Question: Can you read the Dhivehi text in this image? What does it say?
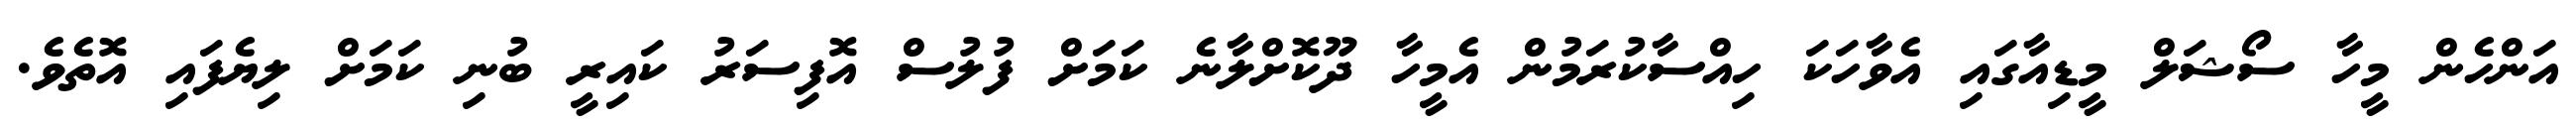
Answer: އަންހެން މީހާ ސޯޝަލް މީޑިއާގައި އެވާހަކަ ހިއްސާކުރަމުން އެމީހާ ދޫކޮށްލާނެ ކަމަށް ފުލުސް އޮފިސަރު ކައިރީ ބުނި ކަމަށް ލިޔެފައި އޮތެވެ.